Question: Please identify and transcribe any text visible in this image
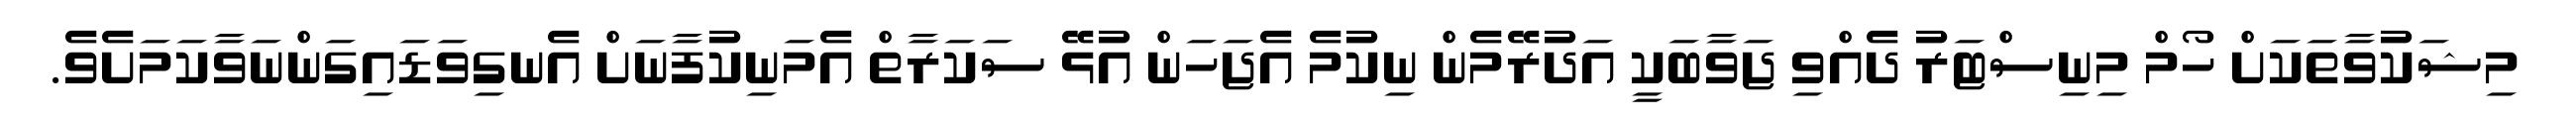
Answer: މިޝަކުވާތަކަށް ހޯމް މިނިސްޓަރު ދެއްވި ޖަވާބަކީ އަދުރޭމެން ނިކުމެ އެޖަހަން އުޅޭ ސަކަރާތް އެމަނިކުފާނަށް އެނގިވަޑައިގަންނަވާކަމަށެވެ.